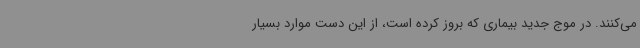
می‌کنند. در موج جدید بیماری که بروز کرده است، از این دست موارد بسیار